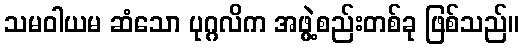
သမဝါယမ ဆံသော ပုဂ္ဂလိက အဖွဲ့စည်းတစ်ခု ဖြစ်သည်။